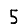
Digit: 5